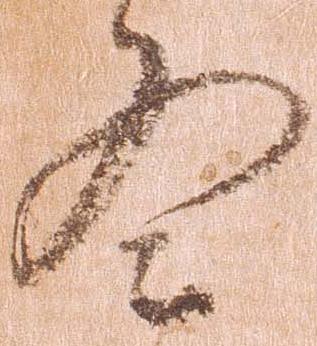
冬